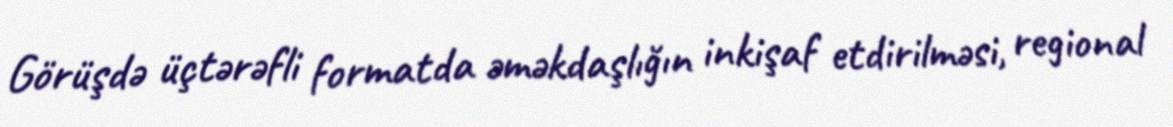
Görüşdə üçtərəfli formatda əməkdaşlığın inkişaf etdirilməsi, regional